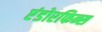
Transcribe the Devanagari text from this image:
एंडोरफिन्स